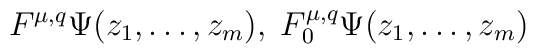
F^{\mu,q}\Psi(z_{1},\ldots ,z_{m}),\;F_{0}^{\mu,q}\Psi(z_{1},\ldots,z_{m})